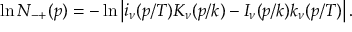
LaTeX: \ln N _ { - + } ( p ) = - \ln \left| i _ { \nu } ( p / T ) K _ { \nu } ( p / k ) - I _ { \nu } ( p / k ) k _ { \nu } ( p / T ) \right| .